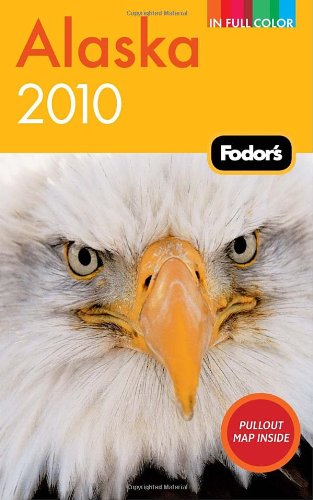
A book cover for Fodor's Alaska 2010 (Full-color Travel Guide); Fodor's; Travel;